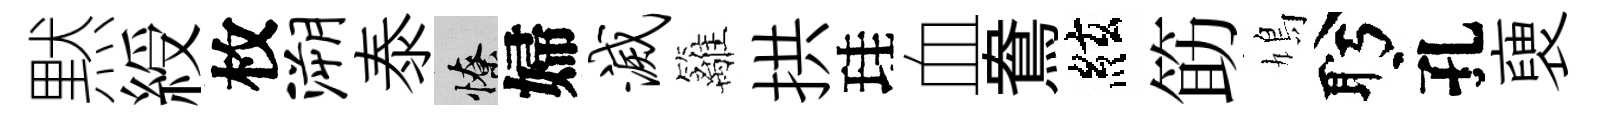
黙綬枚溯泰憭婦灭籬拱珪血鴦絃筯鳩盻孔褏